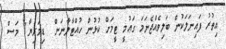
އިތުރު ފައިނަލަކުން ބަލިވެއްޖެނަމަ ގައުމީ ޓީމަށް ކުޅުން ހުއްޓާލާނަން  ޑިމަރިޔާ1 މަސް